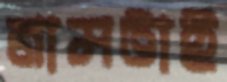
নামটাই